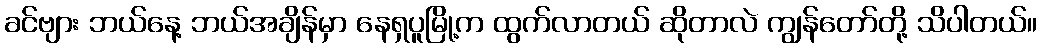
ခင်ဗျား ဘယ်နေ့ ဘယ်အချိန်မှာ နေရှပူမြို့က ထွက်လာတယ် ဆိုတာလဲ ကျွန်တော်တို့ သိပါတယ်။